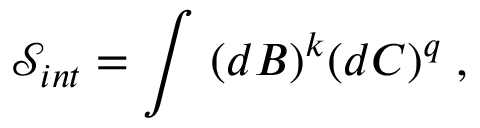
\mathcal { S } _ { i n t } = \int \; ( d B ) ^ { k } ( d C ) ^ { q } \; ,